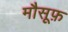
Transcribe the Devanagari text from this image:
मौसूफ़